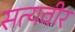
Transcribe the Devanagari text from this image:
सत्यवीर